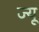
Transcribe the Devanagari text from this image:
ज्‍यू